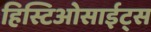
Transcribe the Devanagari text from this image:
हिस्टिओसाईट्स